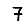
Digit: 7